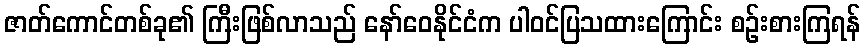
ဇာတ်ကောင်တစ်ခု၏ ကြီးဖြစ်လာသည် နော်ဝေနိုင်ငံက ပါဝင်ပြသထားကြောင်း စဉ်းစားကြရန်